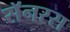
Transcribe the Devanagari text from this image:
सॅनरस